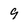
Character: 9